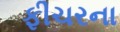
ફીચરના